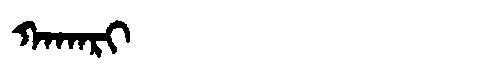
Manchu: ᡴᠠᡴᠠᡵᡳ
Romanization: KAKARI